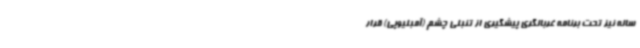
ساله نیز تحت برنامه غربالگری پیشگیری از تنبلی چشم (آمبلیوپی) قرار